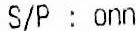
S/P : ONN